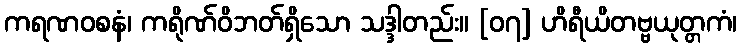
ကရဏဝစနံ၊ ကရိုဏ်ဝိဘတ်ရှိသော သဒ္ဒါတည်း။ [၀၇] ဟိရီယိတဗ္ဗယုတ္တကံ၊